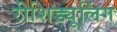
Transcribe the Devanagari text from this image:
रीशिड्यूलिंग